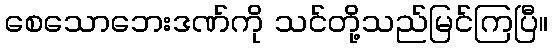
စေသောဘေးဒဏ်ကို သင်တို့သည်မြင်ကြပြီ။